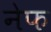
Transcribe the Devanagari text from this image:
नेफ